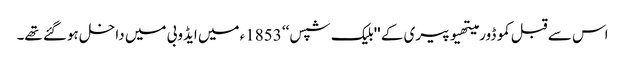
اس سے قبل کموڈور میتھیو پیری کے ''بلیک شپس‘‘ 1853ء میں ایڈوبی میں داخل ہوگئے تھے۔